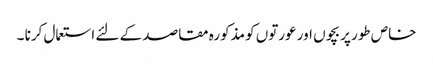
خاص طور پر بچوں اور عورتوں کو مذکورہ مقاصد کے لئے استعمال کرنا ۔